Medical and sanitary report on the native army of Bombay for the year
Year: 1879
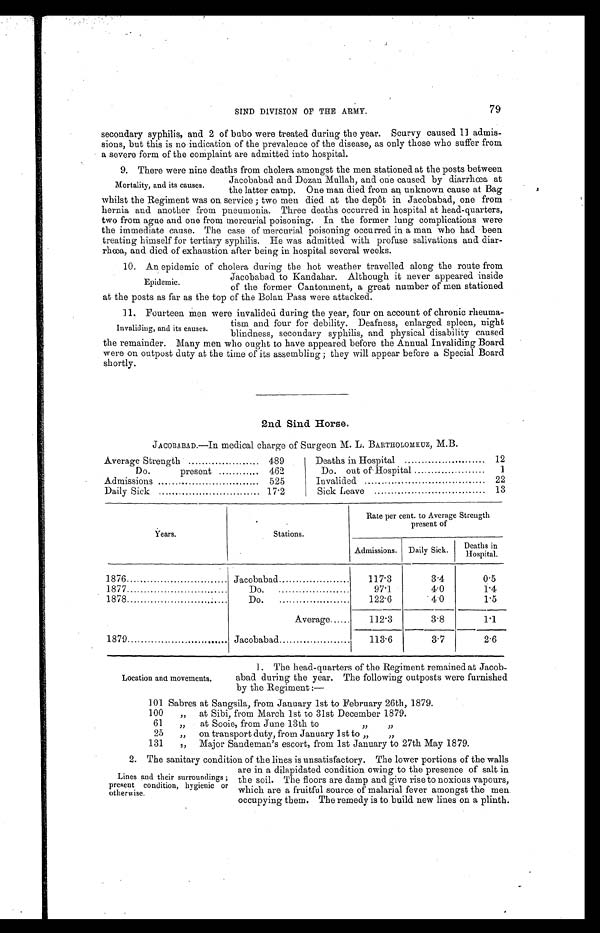
79
SIND DIVISION OF THE ARMY.
secondary syphilis, and 2 of bubo were treated during the year. Scurvy caused 11 admis
-sions, but this is no indication of the prevalence of the disease, as only those who suffer from
a severe form of the complaint are admitted into hospital.
9. There were nine deaths from cholera amongst the men stationed at the posts between
Jacobabad and Dozan Mullah, and one caused by diarrhœa at
the latter camp. One man died from an unknown cause at Bag
whilst the Regiment was on service; two men died at the depôt in Jacobabad, one from
hernia and another from pneumonia. Three deaths occurred in hospital at head-quarters,
two from ague and one from mercurial poisoning. In the former lung complications were
the immediate cause. The case of mercurial poisoning occurred in a man who had been
treating himself for tertiary syphilis. He was admitted with profuse salivations and diar
-rhœa, and died of exhaustion after being in hospital several weeks.
10. An epidemic of cholera during the hot weather travelled along the route from
Jacobabad to Kandahar. Although it never appeared inside
of the former Cantonment, a great number of men stationed
at the posts as far as the top of the Bolan Pass were attacked.
11. Fourteen men were invalided during the year, four on account of chronic rheuma
-
tism and four for debility. Deafness, enlarged spleen, night
blindness, secondary syphilis, and physical disability caused
the remainder. Many men who ought to have appeared before the Annual Invaliding Board
were on outpost duty at the time of its assembling; they will appear before a Special Board
shortly.
2nd Sind Horse.
JACOBABAD.—In medical charge of Surgeon M. L. BARTHOLOMEUZ, M.B.
Mortality, and its causes.
Epidemic.
Invaliding, and its causes.
Average Strength . . .
489
Do. present . . .
462
Admissions . . .
5 2 5
Daily Sick . . .
17.2
Deaths in Hospital . . .
12
Do. out of Hospital . . .
1
Invalided . . .
22
Sick Leave . . .
13
Years.
Stations.
Rate per cent. to Average Strength
present of
Admissions.
Daily Sick.
Deaths in
Hospital.
1876 . . .
Jacobabad . . .
117.3
3.4
0.5
1877 . . .
D o . . . .
97.1
4.0
1.4
1878 . . .
D o . . . .
122.6
4.0
1.5
Average . . .
112.3
3.8
1.1
1879 . . .
Jacobabad . . .
113.6
3.7
2.6
Location and movements.
1. The head-quarters of the Regiment remained at Jacob
- a b a d d u r i n g t h e y e a r . T h e f o l l o w i n g o u t p o s t s w e r e f u r n i s h e d
by the Regiment :—
101 Sabres at Sangsila, from January 1st to February 26th, 1879.
100
" at Sibi, from March 1st to 31st December 1879.
61
" at Sooie, from June 13th to " "
25
" on transport duty, from January 1st to " "
131
" Major Sandeman's escort, from 1st January to 27th May 1879.
2. The sanitary condition of the lines is unsatisfactory. The lower portions of the walls
are in a dilapidated condition owing to the presence of salt in
the soil. The floors are damp and give rise to noxious vapours,
which are a fruitful source of malarial fever amongst the men.
occupying them. The remedy is to build new lines on a plinth.
Lines and their surroundings;
present condition, hygienic or
otherwise.